Report of the Municipal Commissioner on the plague in Bombay for the year ending 31st May... - Volume 1
Disease focus: Plague
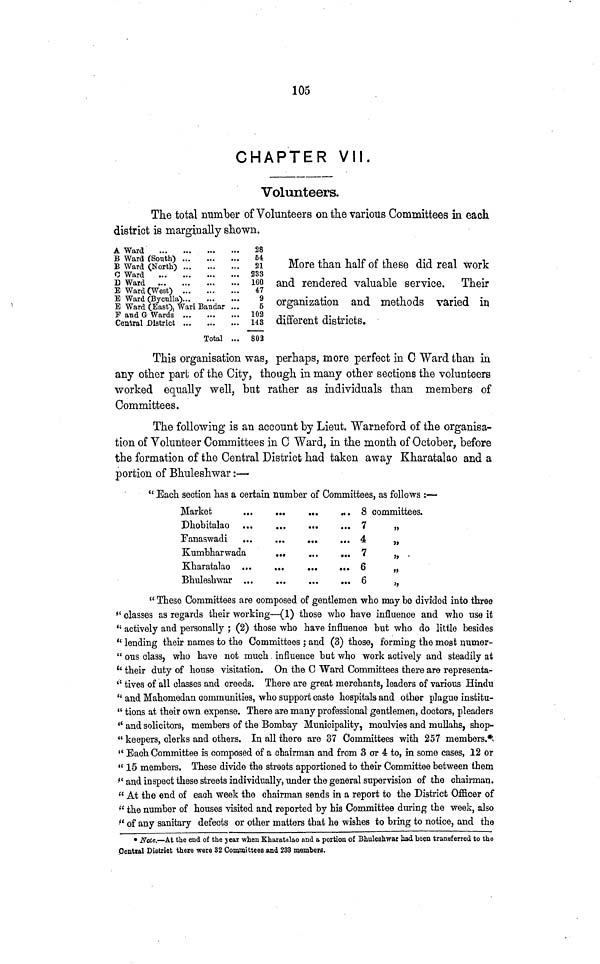
105
CHAPTER VII.
Volunteers.
The total number of Volunteers on the various Committees in each
district is marginally shown.
A Ward
B Ward (South) ...
B Ward (North) ...
C Ward
D Waid
...
...
E Ward (West)
B Ward (Byculla)
E Ward CEast), Wari Bandar
F and G- Wards
Central District
Total ...
28
54
21
233
160
47
9
5
102
Ia3
802
More than half of these did real work
and rendered valuable service. Their
organization and methods varied in
different districts.
This organisation was, perhaps, more perfect in C Ward than in
any other part of the City, though in many other sections the volunteers
worked equally well, but rather as individuals than members of
Committees.
The following is an account by Lieut. Warneford of the organisa-
tion of Volunteer Committees in C Ward, in the month of October, before
the formation of the Central District had taken away Kharatalao and a
portion of Bhuleshwar :—
Each section has a certain number of Committees, as follows :—
Market
Kumbharwada
...
•••
• •
GC
... 7
4
6
6
committees.
,,
,,
,,
" These Committees are composed of gentlemen who may be divided into three
" classes as regards their working—(1) those who have influence and who use it
" actively and personally ; (2) those who have influence but who do little besides
" lending their names to the Committees ; and (3) those, forming the most numer-
" ous class, who have not much influence but who work actively and steadily at
Lt their duty of house visitation. On the C Ward Committees there are representa-
" tives of all classes and creeds. There are great merchants, leaders of various Hindu
" and Mahomedan communities, who support caste hospitals and other plague institu-
" tions at their own expense. There are many professional gentlemen, doctors, pleaders
" and solicitors, members of the Bombay Municipality, moulvies and mullahs, shop-
" keepers, clerks and others. In all there are 37 Committees with 257 members.*
ÍC Each Committee is composed of a chairman and from 3 or 4 to, in some cases, 12 or
" 15 members. These divide the streets apportioned to their Committee between them
" and inspect these streets individually, under the general supervision of the chairman.
" At the end of each week the chairman sends in a report to the District Officer of
" the number of houses visited and reported by his Committee during the week, also
" of any sanitary defects or other matters that he wishes to bring to notice, and the
• Note.—At the end of the year when Kharatalao and a portion of Bhuleshwar had been transferred to the
Central District there were 32 Committees and 233 member a.